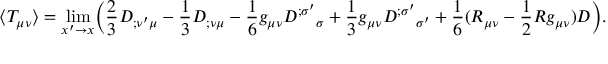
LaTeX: \langle T _ { \mu \nu } \rangle = \operatorname * { l i m } _ { x ^ { \prime } \rightarrow x } \biggl ( { \frac { 2 } { 3 } } D _ { ; \nu ^ { \prime } \mu } - { \frac { 1 } { 3 } } D _ { ; \nu \mu } - { \frac { 1 } { 6 } } g _ { \mu \nu } D ^ { ; \sigma ^ { \prime } } { } _ { \sigma } + { \frac { 1 } { 3 } } g _ { \mu \nu } D ^ { ; \sigma ^ { \prime } } { } _ { \sigma ^ { \prime } } + { \frac { 1 } { 6 } } ( R _ { \mu \nu } - { \frac { 1 } { 2 } } R g _ { \mu \nu } ) D \biggr ) .